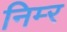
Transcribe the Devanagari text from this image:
निम्‍र